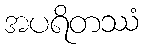
အပရိတဿံ